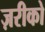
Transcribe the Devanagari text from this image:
ज़रीको